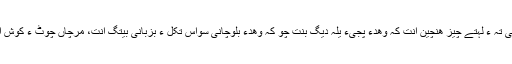
اِشانی تہ ءَ لہتے چیزّ ھَنچین اَنت کہ وَھدءِ پَجّیءَ یلہ دیگ بنت چو کہ وَھدءَ بلوچانی سَواس تَکُّل ءُ بَزبانی بیتگ اَنت، مَرچاں چَوَٹّ ءُ کوش اَنت۔